Leaving Certificate Examination, 1925
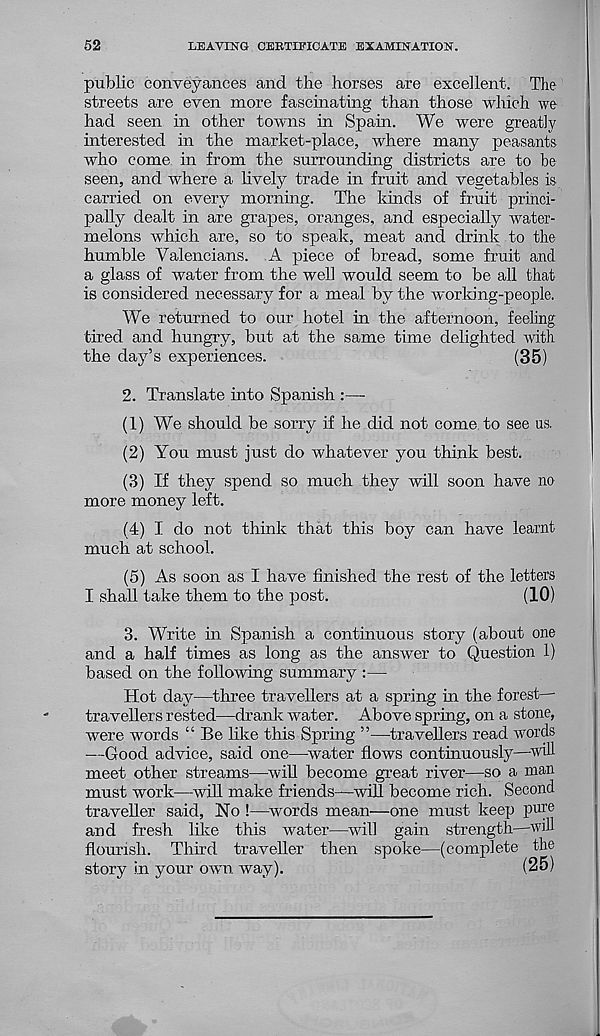
52
LEAVING CERTIFICATE EXAMINATION.
public conveyances and the horses are excellent. The
streets are even more fascinating than those which we
had seen in other towns in Spain. We were greatly
interested in the market-place, where many peasants
who come in from the surrounding districts are to be
seen, and where a lively trade in fruit and vegetables is
carried on every morning. The kinds of fruit princi-
pally dealt in are grapes, oranges, and especially water-
melons which are, so to speak, meat and drink to the
humble Valencians. A piece of bread, some fruit and
a glass of water from the well would seem to be all that
is considered necessary for a meal by the working-people.
We returned to our hotel in the afternoon, feeling
tired and hungry, but at the same time delighted with
the day’s experiences.
(35)
2. Translate into Spanish
(1) We should be sorry if he did not come to see us.
(2) You must just do whatever you think best.
(3) If they spend so much they will soon have no
more money left.
(4) I do not think that this boy can have learnt
much at school.
(5) As soon as I have finished the rest of the letters
I shall take them to the post.
(10)
3. Write in Spanish a continuous story (about one
and a half times as long as the answer to Question 1)
based on the following summary :—
Hot day—three travellers at a spring in the forest-
travellers rested—drank water. Above spring, on a stone,
were words “ Be like this Spring ”—travellers read words
—Good advice, said one—water flows continuously—will
meet other streams—will become great river—so a man
must work—will make friends—will become rich. Second
traveller said, No !—words mean—one must keep pure
and fresh like this water—will gain strength—will
flourish. Third traveller then spoke—(complete the
story in your own way).
(25)